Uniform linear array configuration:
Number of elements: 48
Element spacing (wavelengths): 0.25
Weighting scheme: blackman
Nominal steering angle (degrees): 15
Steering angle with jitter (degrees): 13.84
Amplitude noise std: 0.05
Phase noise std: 0.05

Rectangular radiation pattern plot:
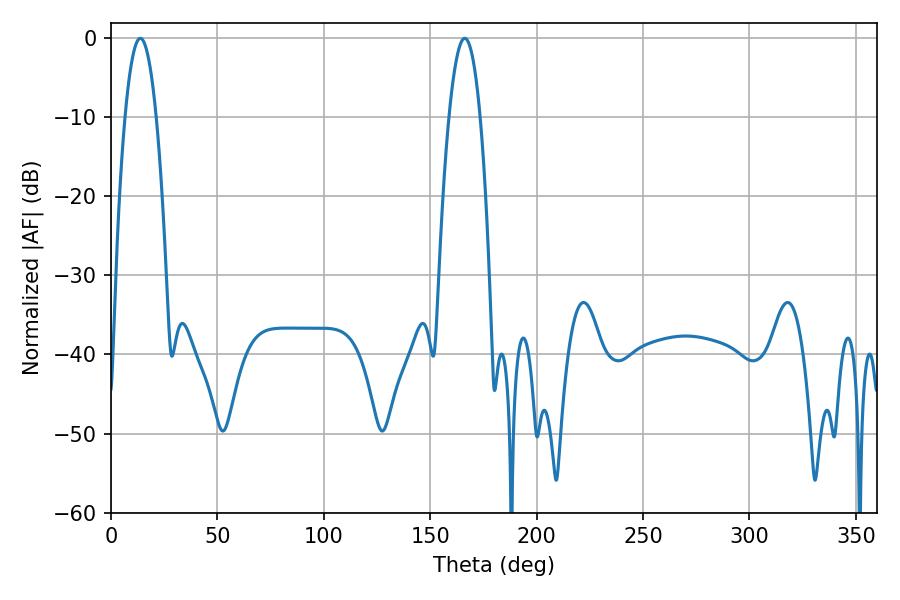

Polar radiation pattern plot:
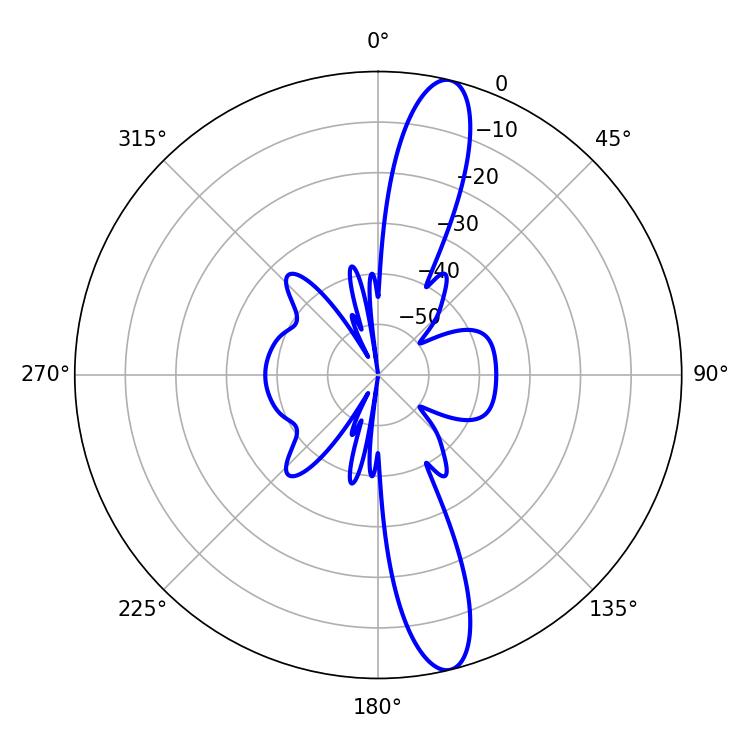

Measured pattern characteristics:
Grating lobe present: FALSE
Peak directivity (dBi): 14.417
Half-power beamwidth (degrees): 8.1
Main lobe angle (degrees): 166.14